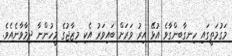
މަގުމަތީގައި ހިނގާބިންގާވެ އުޅޭ އިރު ވަރަށް ބައިވަރު އެކި މިޒާޖުގެ މީހުންނާ ދިމާވާނެއެވެ.